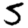
Digit: 5